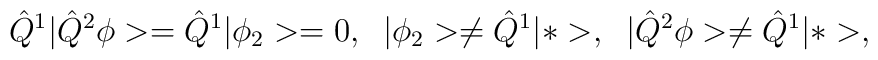
\hat{Q}^1|\hat{Q}^2\phi>=\hat{Q}^1|\phi_2>=0,\;\; |\phi_2>\neq\hat{Q}^1|*>,\;\;|\hat{Q}^2\phi>\neq\hat{Q}^1|*>,